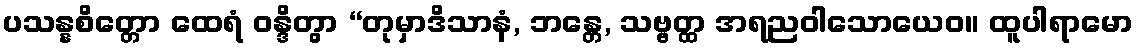
ပသန္နစိတ္တော ထေရံ ဝန္ဒိတွာ “တုမှာဒိသာနံ, ဘန္တေ, သဗ္ဗတ္ထ အရညဝါသောယေဝ။ ထူပါရာမော